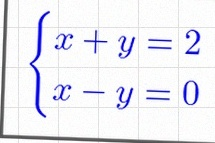
\begin{cases}x+y=2\\x-y=0\end{cases}